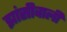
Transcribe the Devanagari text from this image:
झांसीवाली